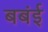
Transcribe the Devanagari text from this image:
बबंई